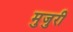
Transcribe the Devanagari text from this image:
मुजुरी